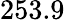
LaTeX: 253.9